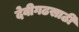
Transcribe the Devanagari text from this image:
देवीगढसाठी